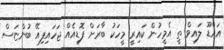
އައްޑޫ ލައިވް ތީ އެމީހުން ކައިރީ މީހަކު ބާރަށް ފޮޑިއެއް ޖަހައިފިއޭ ބުންޏަސް